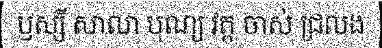
ឫស្សី សាលា បុណ្យ វត្ត ចាស់ ជ្រលង